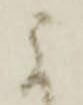
に